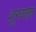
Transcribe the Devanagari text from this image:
शून्याला